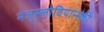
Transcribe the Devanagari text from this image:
मेजुस्लोवियान्स्की